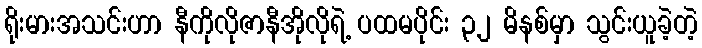
ရိုးမားအသင်းဟာ နီကိုလိုဇာနီအိုလိုရဲ့ ပထမပိုင်း ၃၂ မိနစ်မှာ သွင်းယူခဲ့တဲ့